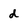
Character: d